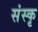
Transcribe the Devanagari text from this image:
संस्कृ